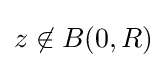
z\not \in B(0,R)